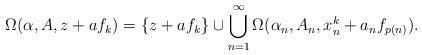
LaTeX: \begin{align*} \Omega(\alpha,A,z + a f_k) = \{z + a f_k\} \cup \bigcup_{n=1}^\infty \Omega(\alpha_n,A_n,x^k_n + a_n f_{p(n)}). \end{align*}